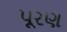
પૂરણ